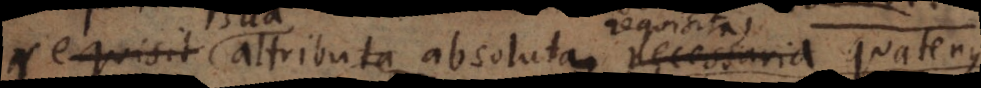
requisit attributa absoluta requisita, quatenus